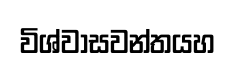
විශ්වාසවන්තයහ